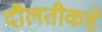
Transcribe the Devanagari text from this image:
दौलतीकडे